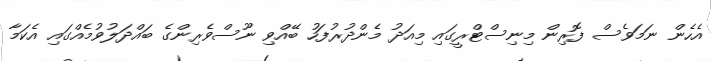
އެހެން ނަމަވެސް ފޮރިން މިނިސްޓްރީގައި މިއަދު މެންދުރުފަހު ބޭއްވި ނޫސްވެރިންގެ ބައްދަލުވުމެއްގައި އެކަމާ